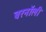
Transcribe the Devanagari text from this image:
बरनॉली